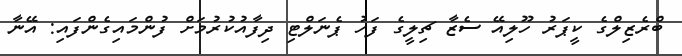
ބްރެޒިލްގެ ކީޕަރު ހޫލިއޭ ސެޒާ ޗިލީގެ ފަހު ޕެނަލްޓި ދިފާއުކުރުމަށް ފުންމައިގެންފައި: އޭނާ